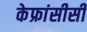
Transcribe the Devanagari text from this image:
केफ्रांसीसी